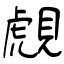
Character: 覤